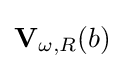
\mathbf {V} _{\omega ,R}(b)